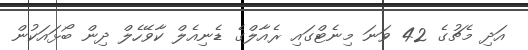
އަދި މެޗުގެ 42 ވަނަ މިނެޓްގައި ރެއާލްގެ ޑެނިއެލް ކާވޭހެލް ދިން ބޯޅައަކުން